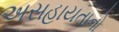
અસહાયતાનો